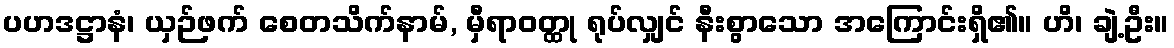
ပဟဒဋ္ဌာနံ၊ ယှဉ်ဖက် စေတသိက်နာမ်, မှီရာဝတ္ထု ရုပ်လျှင် နီးစွာသော အကြောင်းရှိ၏။ ဟိ၊ ချဲ့ဦး။